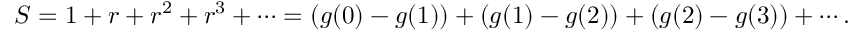
S = 1 + r + r ^ { 2 } + r ^ { 3 } + \cdots = ( g ( 0 ) - g ( 1 ) ) + ( g ( 1 ) - g ( 2 ) ) + ( g ( 2 ) - g ( 3 ) ) + \cdots .